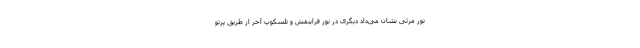
نور مرئی نشان می‌داد دیگری در نور فرابنفش و تلسکوپ آخر از طریق پرتو